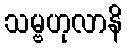
သမ္ဗဟုလာနိ